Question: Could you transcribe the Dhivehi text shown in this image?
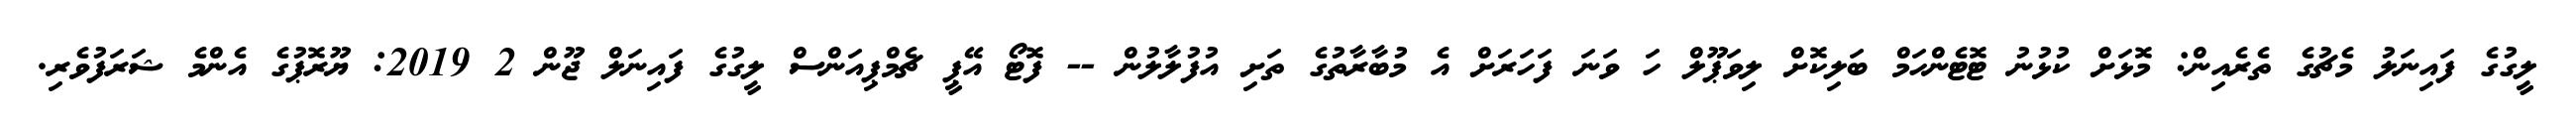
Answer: ލީގުގެ ފައިނަލު މެޗުގެ ތެރެއިން: މޮޅަށް ކުޅުނު ޓޮޓެންހަމް ބަލިކޮށް ލިވަޕޫލް ހަ ވަނަ ފަހަރަށް އެ މުބާރާތުގެ ތަށި އުފުލާލުން -- ފޮޓޯ އޭޕީ ޗެމްޕިއަންސް ލީގުގެ ފައިނަލް ޖޫން 2 2019: ޔޫރޮޕުގެ އެންމެ ޝަރަފުވެރި.